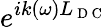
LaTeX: e^{ik(\omega)L_{\mathrm{~D~C~}}}